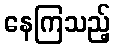
နေကြသည့်